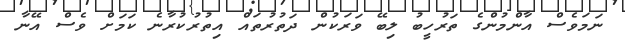
ނަމަވެސް އާންމުންގެ ތަރުހީބު ލިބޭ ވަރަކުން ދަތުރުތައް އިތުރުކުރާނެ ކަމަށް ވެސް އޭނާ